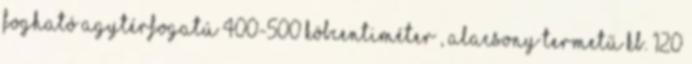
fogható agytérfogatú 400-500 köbcentiméter , alacsony termetű kb. 120